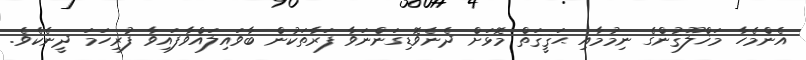
އެންމެހާ މަޚްލޫޤުންގެ ނިމުމާއި ޙަޤީޤަތް މޮޅަށް ދެނެވޮޑިގަންނަވާ ފަރާތަކުން ބާވައިލައްވާފައިވާ ފުރިހަމަ ދީނެކެވެ.